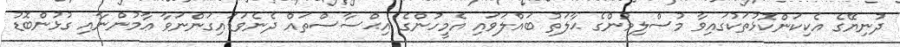
ދުނިޔޭގެ އެކިކަންކޮޅުތަކުގައިވާ މުސްލިމުންގެ ޙާލަތު ބައްލަވައި އެމީހުންގެ އިޙްސާސްތައް ދެނެވަޑައިގަންނަވާ ޢާމުންނާއި ގުޅުންބޮޑު